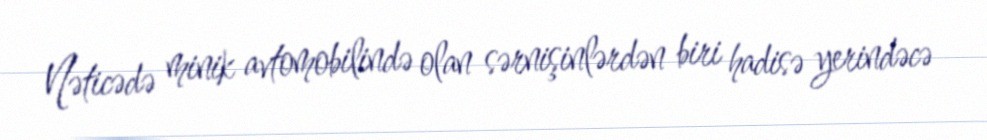
Nəticədə minik avtomobilində olan sərnişinlərdən biri hadisə yerindəcə